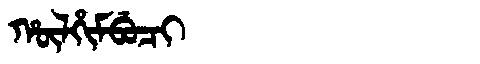
Manchu: ᡥᡡᠯᡥᡳᠮᠪᡠᠴᡳ
Romanization: HŪLHIMBUCI